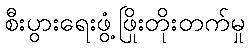
စီးပွားရေးဖွံ့ဖြိုးတိုးတက်မှု